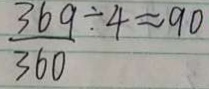
\frac { 3 6 9 } { 3 6 0 } \div 4 \approx 9 0